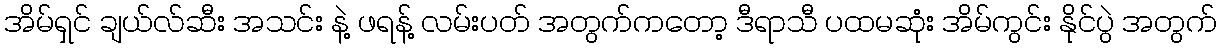
အိမ်ရှင် ချယ်လ်ဆီး အသင်း နဲ့ ဖရန့် လမ်းပတ် အတွက်ကတော့ ဒီရာသီ ပထမဆုံး အိမ်ကွင်း နိုင်ပွဲ အတွက်